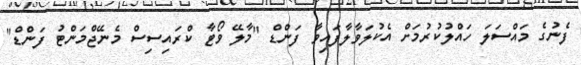
ފެނުގެ މައްސަލަ ހައްލުކުރުމަށް އެކުލަވާލާފައިވާ ފަންޑް "މާލޭ ވޯޓާ ކްރައިސިސް މެނޭޖްމަންޓު ފަންޑް"